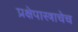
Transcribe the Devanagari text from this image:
प्रक्षेपास्त्राचेच